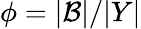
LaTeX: \phi=|\mathcal{B}|/|Y|